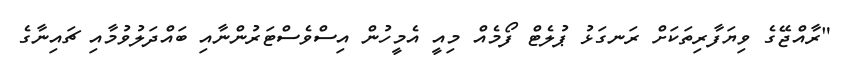
"ރާއްޖޭގެ ވިޔަފާރިތަކަށް ރަނގަޅު ޕުލެޓް ފޯމެއް މިއީ އެމީހުން އިސްވެސްޓަރުންނާއި ބައްދަލުވުމާއި ޗައިނާގެ